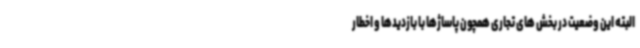
البته این وضعیت در بخش های تجاری همچون پاساژها با بازدیدها و اخطار